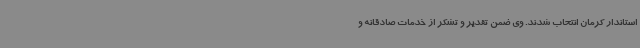
استاندار کرمان انتحاب شدند. وی ضمن تقدیر و تشکر از خدمات صادقانه و